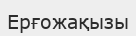
Ерғожақызы